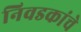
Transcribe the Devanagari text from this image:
निवडकांचे